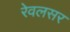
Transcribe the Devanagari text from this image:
रेवलसर